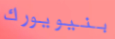
بنيويورك